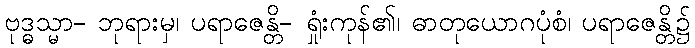
ဗုဒ္ဓသ္မာ- ဘုရားမှ၊ ပရာဇေန္တိ- ရှုံးကုန်၏၊ ဓာတုယောဂပုံစံ၊ ပရာဇေန္တိ၌